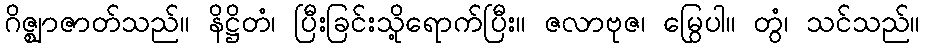
ဂိဇ္ဈာဇာတ်သည်။ နိဋ္ဌိတံ၊ ပြီးခြင်းသို့ရောက်ပြီး။ ဇလာဗုဇ၊ မြွေပါ။ တွံ၊ သင်သည်။